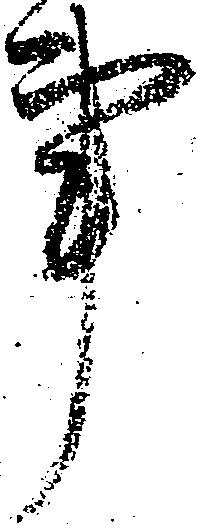
事